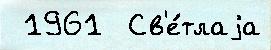
 1961  Св'е́тлаjа